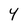
Character: 4